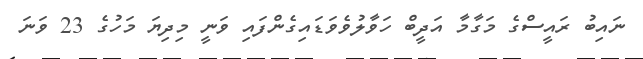
ނައިބު ރައީސްގެ މަގާމާ އަދީބް ހަވާލުވެވަޑައިގެންފައި ވަނީ މިދިޔަ މަހުގެ 23 ވަނަ